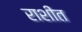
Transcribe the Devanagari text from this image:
राशींत